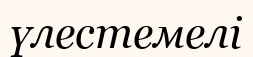
үлестемелі